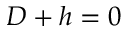
D + h = 0